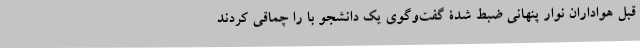
قبل هواداران نوار پنهانی ضبط شدۀ گفت‌و‌گوی یک دانشجو با را چماقی کردند